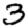
Digit: 3